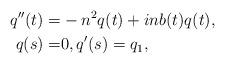
LaTeX: \begin{align*}q''(t)=&-n^2q(t)+in b(t)q(t),\\q(s)=&0,q'(s)=q_1,\end{align*}